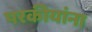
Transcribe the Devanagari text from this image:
परकीयांना